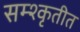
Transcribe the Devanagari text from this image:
सम्श्कृतीत